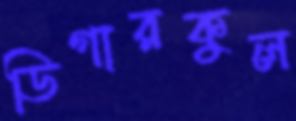
ডিগারকুল